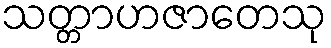
သတ္တာဟဇာတေသု